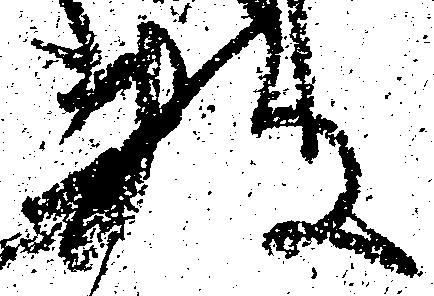
数